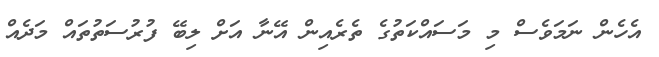
އެހެން ނަމަވެސް މި މަސައްކަތުގެ ތެރެއިން އޭނާ އަށް ލިބޭ ފުރުސަތުތައް މަދެއް